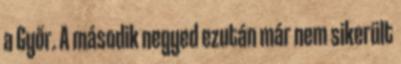
a Győr. A második negyed ezután már nem sikerült